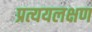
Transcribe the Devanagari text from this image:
प्रत्ययलक्षण